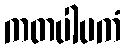
ကတပါပကံ